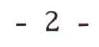
- 2 -